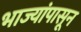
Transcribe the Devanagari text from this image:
भाज्यांपासून